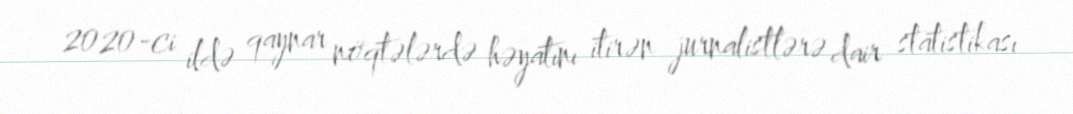
2020-ci ildə qaynar nöqtələrdə həyatını itirən jurnalistlərə dair statistikası